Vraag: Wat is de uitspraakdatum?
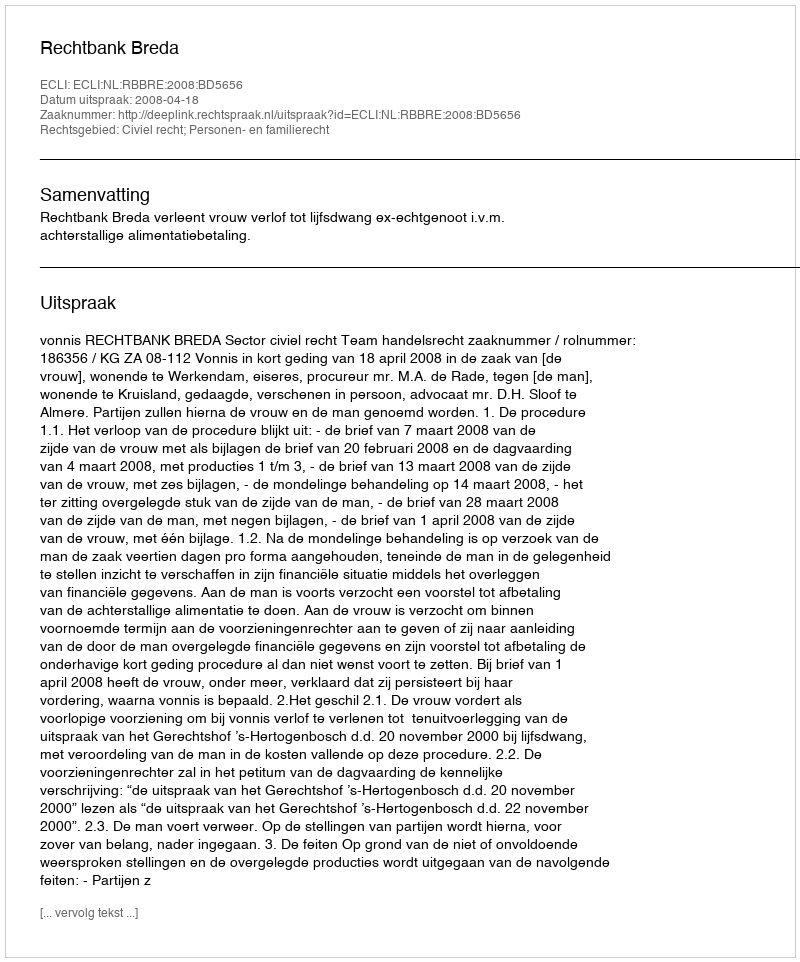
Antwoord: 2008-04-18